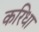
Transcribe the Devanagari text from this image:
करिधा